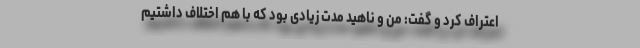
اعتراف کرد و گفت: من و ناهید مدت زیادی بود که با هم اختلاف داشتیم